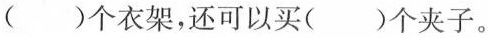
( )个衣架，还可以买( )个夹子。